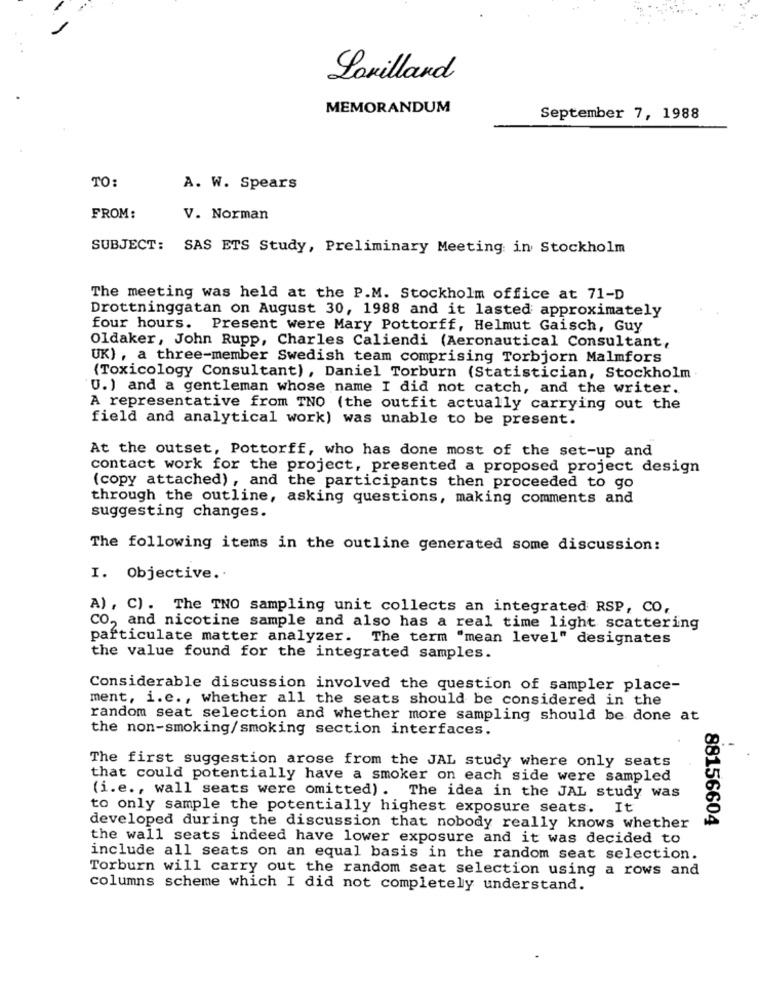
Lorillard
MEMORANDUM
September 7, 1988
TO:
A. W. Spears
FROM:
V. Norman
SUBJECT: SAS ETS Study, Preliminary Meeting: in Stockholm
The meeting was held at the P.M. Stockholm office at 71-D
Drottninggatan on August 30, 1988 and it lasted approximately
four hours. Present were Mary Pottorff, Helmut Gaisch, Guy
Oldaker, John Rupp, Charles Caliendi (Aeronautical Consultant,
UK) , a three-member Swedish team comprising Torbjorn Malmfors
(Toxicology Consultant) , Daniel Torburn (Statistician, Stockholm
U.) and a gentleman whose name I did not catch, and the writer.
A representative from TNO (the outfit actually carrying out the
field and analytical work) was unable to be present.
At the outset, Pottorff, who has done most of the set-up and
contact work for the project, presented a proposed project design
(copy attached), and the participants then proceeded to go
through the outline, asking questions, making comments and
suggesting changes.
The following items in the outline generated some discussion:
I. Objective ..
A) , C). The TNO sampling unit collects an integrated RSP, CO,
CO ,, and nicotine sample and also has a real time light scattering
particulate matter analyzer. The term "mean level" designates
the value found for the integrated samples.
Considerable discussion involved the question of sampler place-
ment, i.e ., whether all the seats should be considered in the
random seat selection and whether more sampling should be done at
the non-smoking/smoking section interfaces.
The first suggestion arose from the JAL study where only seats
that could potentially have a smoker on each side were sampled
(i.e ., wall seats were omitted). The idea in the JAL study was
to only sample the potentially highest exposure seats. It
developed during the discussion that nobody really knows whether
88156604
the wall seats indeed have lower exposure and it was decided to
include all seats on an equal basis in the random seat selection.
Torburn will carry out the random seat selection using a rows and
columns scheme which I did not completely understand.